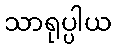
သာရုပ္ပါယ